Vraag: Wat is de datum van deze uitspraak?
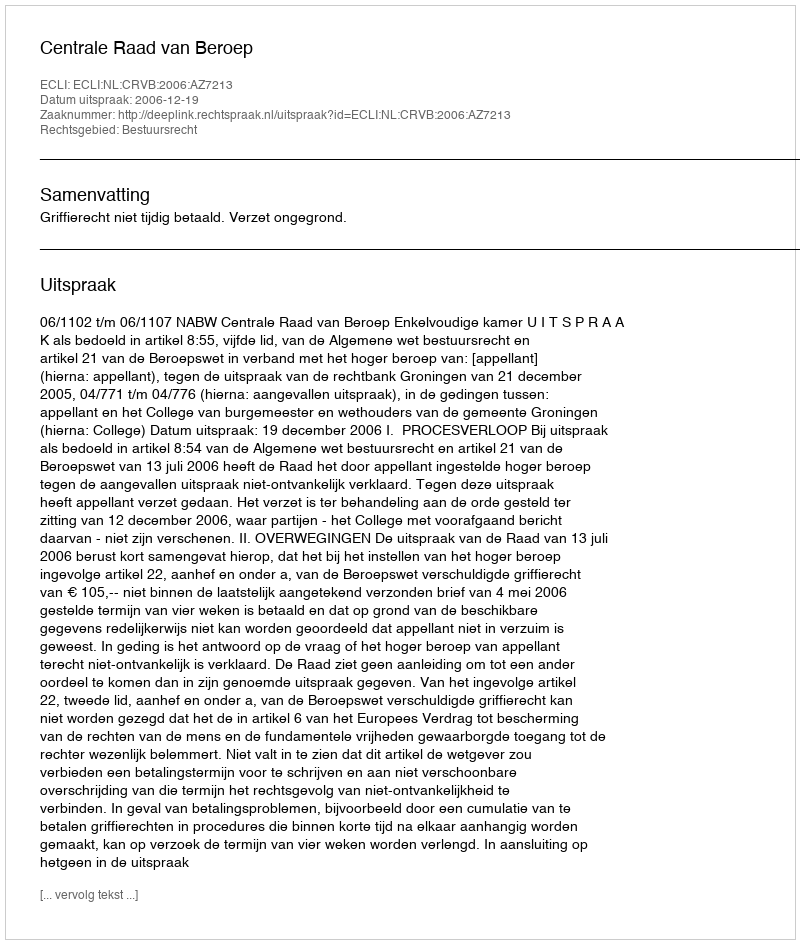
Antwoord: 2006-12-19